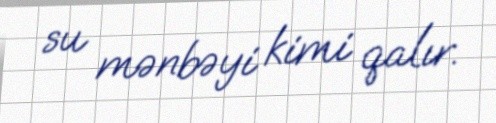
su mənbəyi kimi qalır.